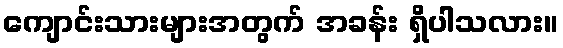
ကျောင်းသားများအတွက် အခန်း ရှိပါသလား။